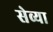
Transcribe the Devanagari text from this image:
सेव्या